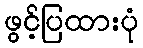
ဖွင့်ပြထားပုံ